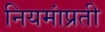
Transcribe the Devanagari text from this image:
नियमांप्रती